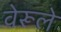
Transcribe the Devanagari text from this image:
वेरूले